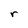
Character: r